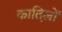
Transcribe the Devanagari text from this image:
कात़िलों